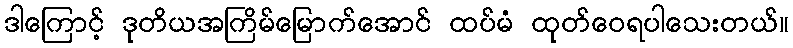
ဒါကြောင့် ဒုတိယအကြိမ်မြောက်အောင် ထပ်မံ ထုတ်ဝေရပါသေးတယ်။